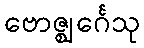
ဗောဇ္ဈင်္ဂေသု